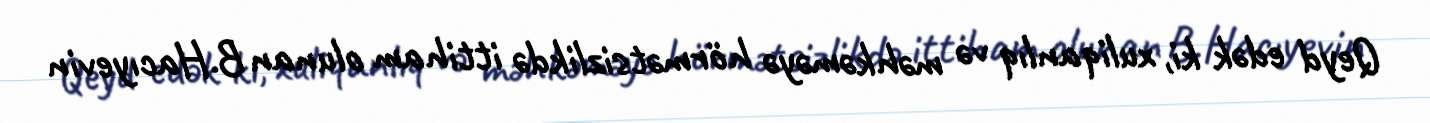
Qeyd edək ki, xuliqanlıq və məhkəməyə hörmətsizlikdə ittiham olunan B.Hacıyevin